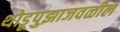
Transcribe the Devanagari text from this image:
थोडूपुझाजवळील